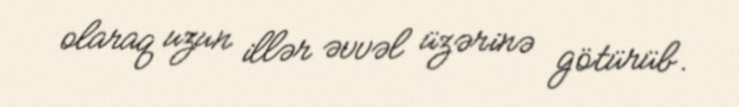
olaraq uzun illər əvvəl üzərinə götürüb.